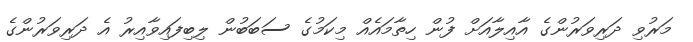
މަރުވި ދަރިވަރުންގެ އާއިލާއަށް ފުން ހިތާމައެއް މިކަމުގެ ސަބަބުން ލިބިފައިވާއިރު އެ ދަރިވަރުންގެ